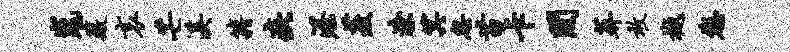
嵬薇哀芒溪籍疵渥菱潦箕忽苗卡间葬敢樾您